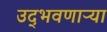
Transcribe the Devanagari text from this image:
उद्‌भवणाऱ्या